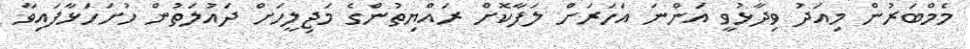
މެމްބަރުން މިއަދު ވިދާޅުވީ އަންނަ އަހަރަށް ލަފާކޮށް ރައްޔިތުންގެ މަޖިލީހަށް ދައުލަތުން ހުށަހަޅާފައިވާ